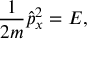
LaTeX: { \frac { 1 } { 2 m } } { \hat { p } } _ { x } ^ { 2 } = E ,